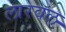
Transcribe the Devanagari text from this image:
लारवल